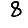
Digit: 8